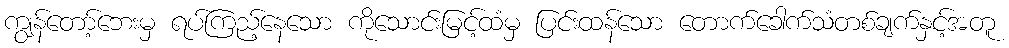
ကျွန်တော့်ဘေးမှ ရပ်ကြည့်နေသော ကိုသောင်းမြင့်ထံမှ ပြင်းထန်သော တောက်ခေါက်သံတစ်ချက်နှင့်အတူ